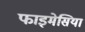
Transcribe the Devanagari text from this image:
फाइमेसिया